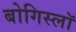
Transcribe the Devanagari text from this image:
बोगिस्लॉ